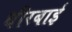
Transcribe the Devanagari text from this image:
धीरबाई